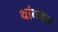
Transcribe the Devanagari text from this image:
थांबवत